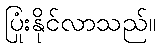
ပြုံးနိုင်လာသည်။